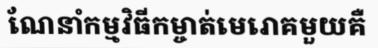
ណែនាំកម្មវិធីកម្ចាត់មេរោគមួយគឺ